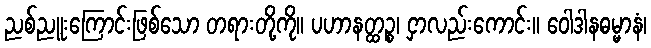
ညစ်ညူးကြောင်းဖြစ်သော တရားတို့ကို။ ပဟာနတ္ထဉ္စ၊ ငှာလည်းကောင်း။ ဝေါဒါနဓမ္မာနံ၊